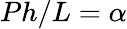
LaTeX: Ph/L=\alpha